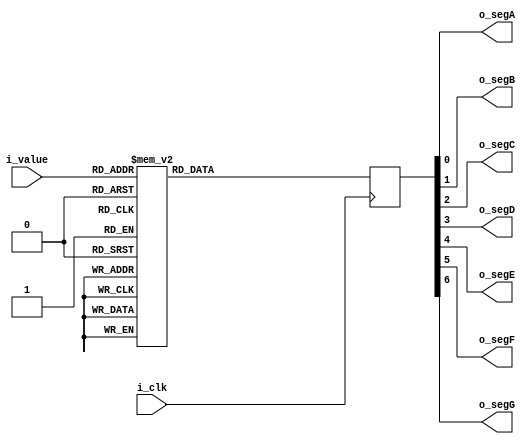
`default_nettype none
module Seven_Segment_Decoder
(
    input [3:0] i_value,
    input i_clk,
    output o_segA,
    output o_segB,
    output o_segC,
    output o_segD,
    output o_segE,
    output o_segF,
    output o_segG
);

    reg [6:0] r_segments = 7'b0000000;

    always @(posedge i_clk)
    begin
        case (i_value)
            4'h0 : r_segments <= 7'b011_1111;
            4'h1 : r_segments <= 7'b000_0110;
            4'h2 : r_segments <= 7'b101_1011;
            4'h3 : r_segments <= 7'b100_1111;
            4'h4 : r_segments <= 7'b110_0110;
            4'h5 : r_segments <= 7'b110_1101;
            4'h6 : r_segments <= 7'b111_1101;
            4'h7 : r_segments <= 7'b000_0111;
            4'h8 : r_segments <= 7'b111_1111;
            4'h9 : r_segments <= 7'b110_1111;
            4'hA : r_segments <= 7'b111_0111;
            4'hB : r_segments <= 7'b111_1100;
            4'hC : r_segments <= 7'b011_1001;
            4'hD : r_segments <= 7'b101_1110;
            4'hE : r_segments <= 7'b111_1001;
            4'hF : r_segments <= 7'b111_0001;
        endcase
    end

    assign o_segA = r_segments[0];
    assign o_segB = r_segments[1];
    assign o_segC = r_segments[2];
    assign o_segD = r_segments[3];
    assign o_segE = r_segments[4];
    assign o_segF = r_segments[5];
    assign o_segG = r_segments[6];

endmodule